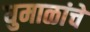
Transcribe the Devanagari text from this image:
धुमाळांचे